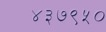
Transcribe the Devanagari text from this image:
४३७९५०